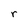
Character: r